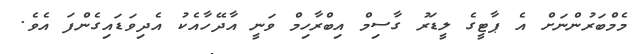
މެމްބަރުންނަށް އެ ޕާޓީގެ ލީޑަރު ގާސިމް އިބްރާހިމް ވަނީ އާދޭހާއެކު އެދިވަޑައިގެންފަ އެވެ.